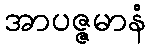
အာပဇ္ဇမာနံ